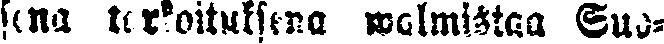
sena tarkoituksena walmistaa Suo-